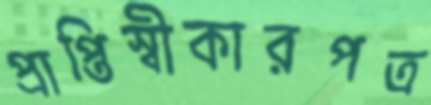
প্রাপ্তিস্বীকারপত্র